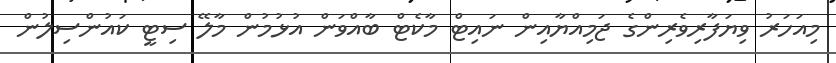
މިއަހަރު ވިޔަފާރިވެރިންގެ ޖަމިއްޔާއިން ނައިޓް މާކެޓް ބާއްވަން އުޅުމުން މާލޭ ސިޓީ ކައުންސިލުން